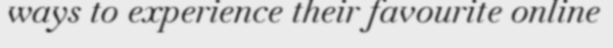
ways to experience their favourite online